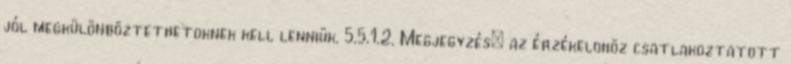
jól megkülönböztethetõknek kell lenniük. 5.5.1.2. Megjegyzés: az érzékelõhöz csatlakoztatott